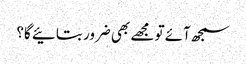
سمجھ آئے تو مجھے بھی ضرور بتائیے گا؟